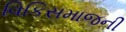
વિકિસમાજની